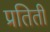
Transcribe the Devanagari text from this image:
प्रतिती